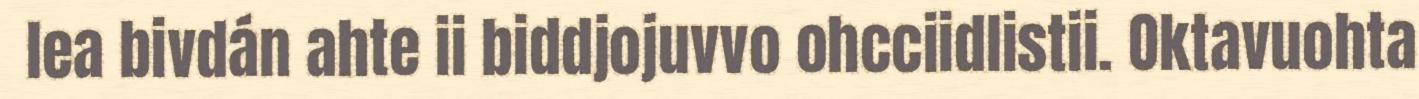
lea bivdán ahte ii biddjojuvvo ohcciidlistii. Oktavuohta